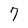
Character: 7